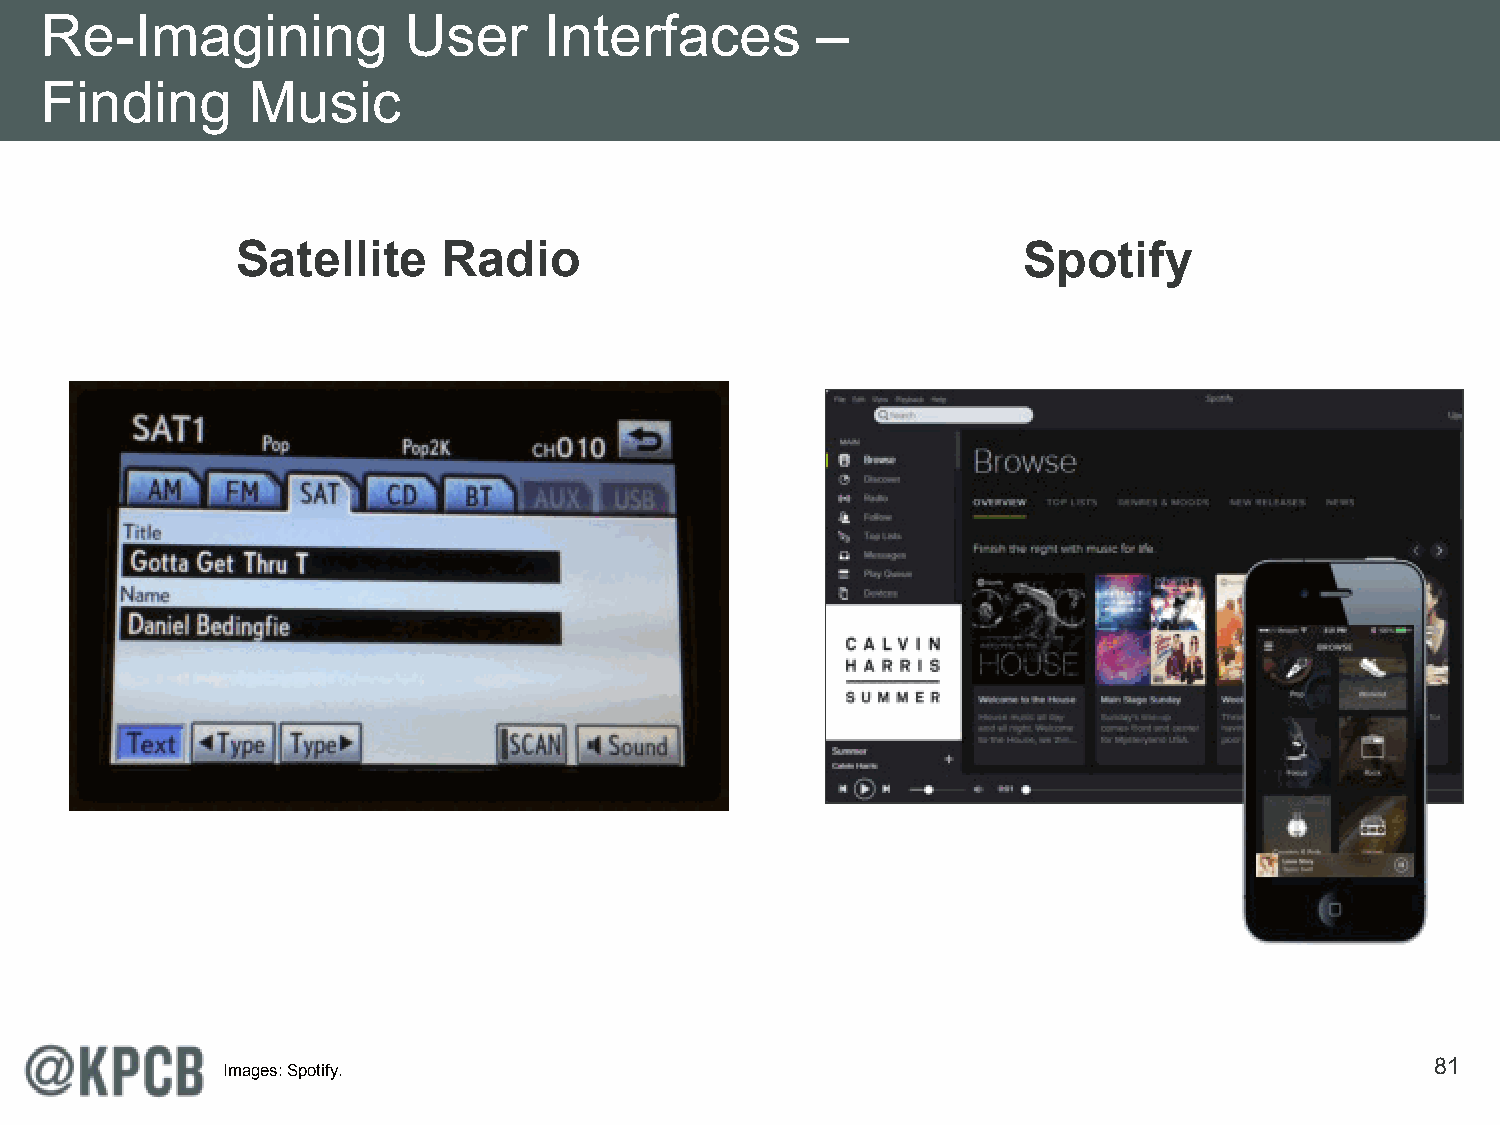
Re-Imagining            User     Interfaces        –
 Finding      Music
 Satellite    Radio                                  Spotify
 81
 Images: Spotify.